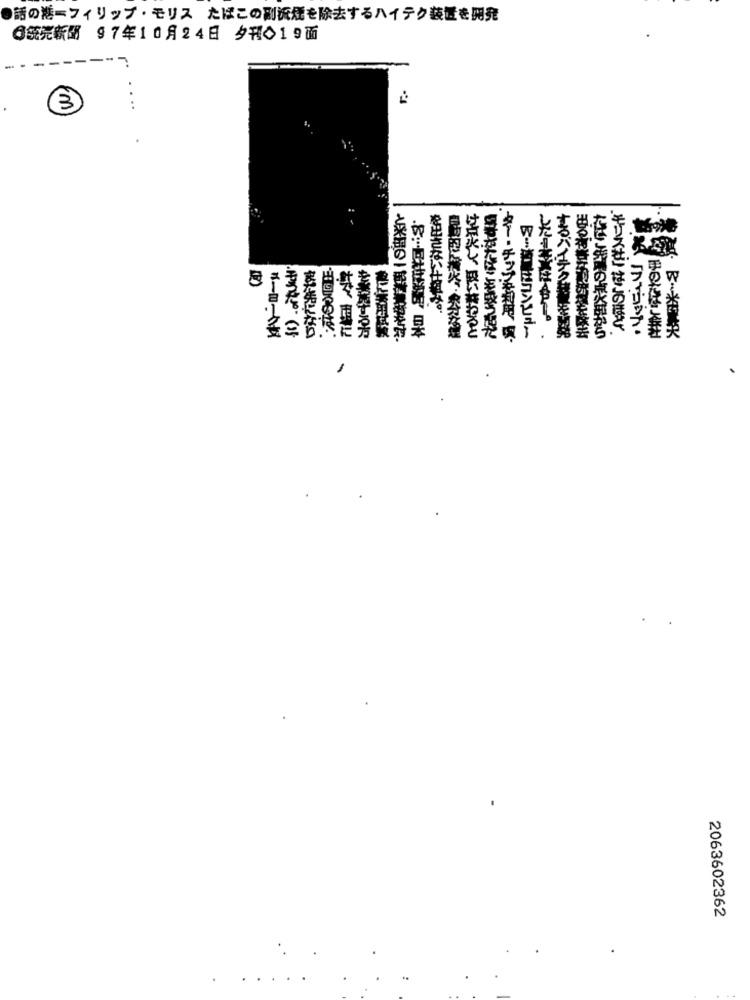
話の糖ーフィリップ·モリス たばこの副流煙を除去するハイテク装置を開発
6筑売新聞 97年10月24日 夕刊◇19面
w.
W
ご愛用
を出さない仕組み。
果
モリスせ』はこのほど、
★め ラザホップ·
ューヨークス
発売になり
を実施する方
と※品の一節考華やかな。
は京火し、扱い終わると
キー·チップを利用、調
,
するハイテク装置を開発
ただいこう属の点火部から
手のばし会社
2063602362